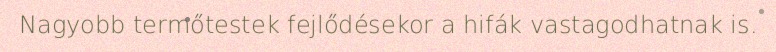
Nagyobb termőtestek fejlődésekor a hifák vastagodhatnak is.